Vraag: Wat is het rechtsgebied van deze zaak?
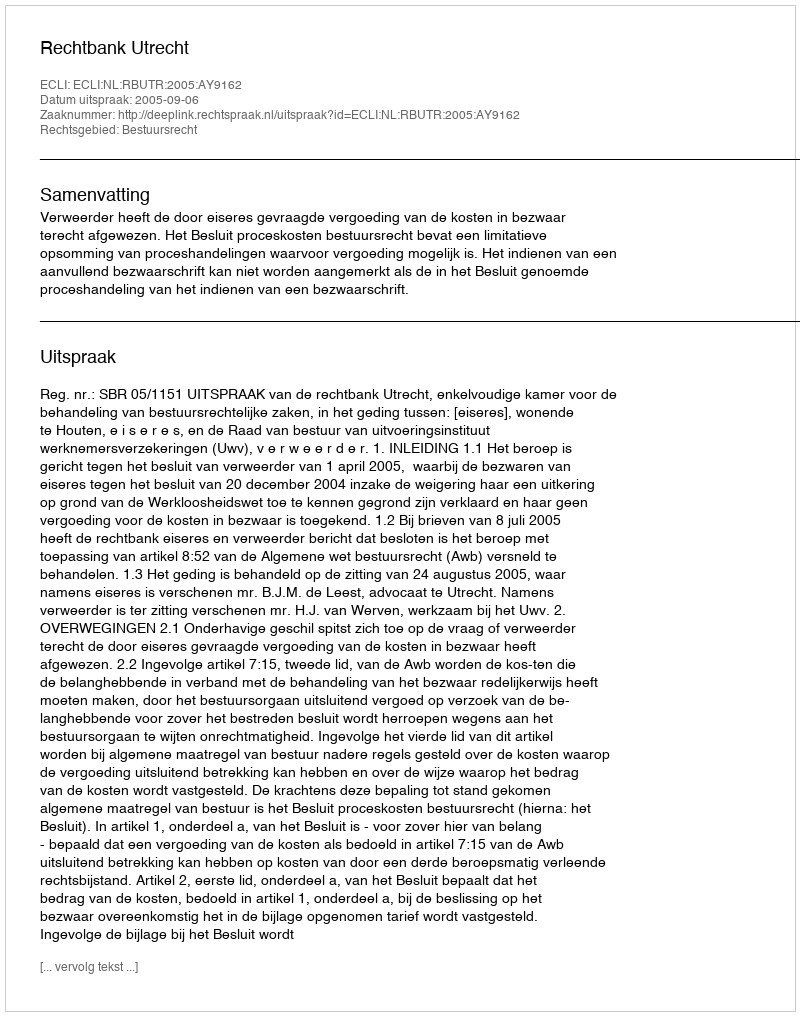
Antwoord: Bestuursrecht